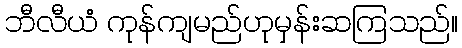
ဘီလီယံ ကုန်ကျမည်ဟုမှန်းဆကြသည်။